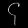
Digit: ၄